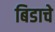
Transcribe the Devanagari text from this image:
बिडाचे